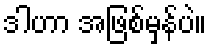
ဒါဟာ အဖြစ်မှန်ပဲ။